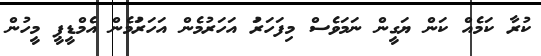
ކުރާ ކަމެއް ކަން ޔަގީން ނަމަވެސް މިފަހަރަު އަހަރުމެން އަހަރަުމެން އެމްޑީޕީ މީހުން